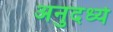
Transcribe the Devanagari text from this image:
अनुदर्ध्य